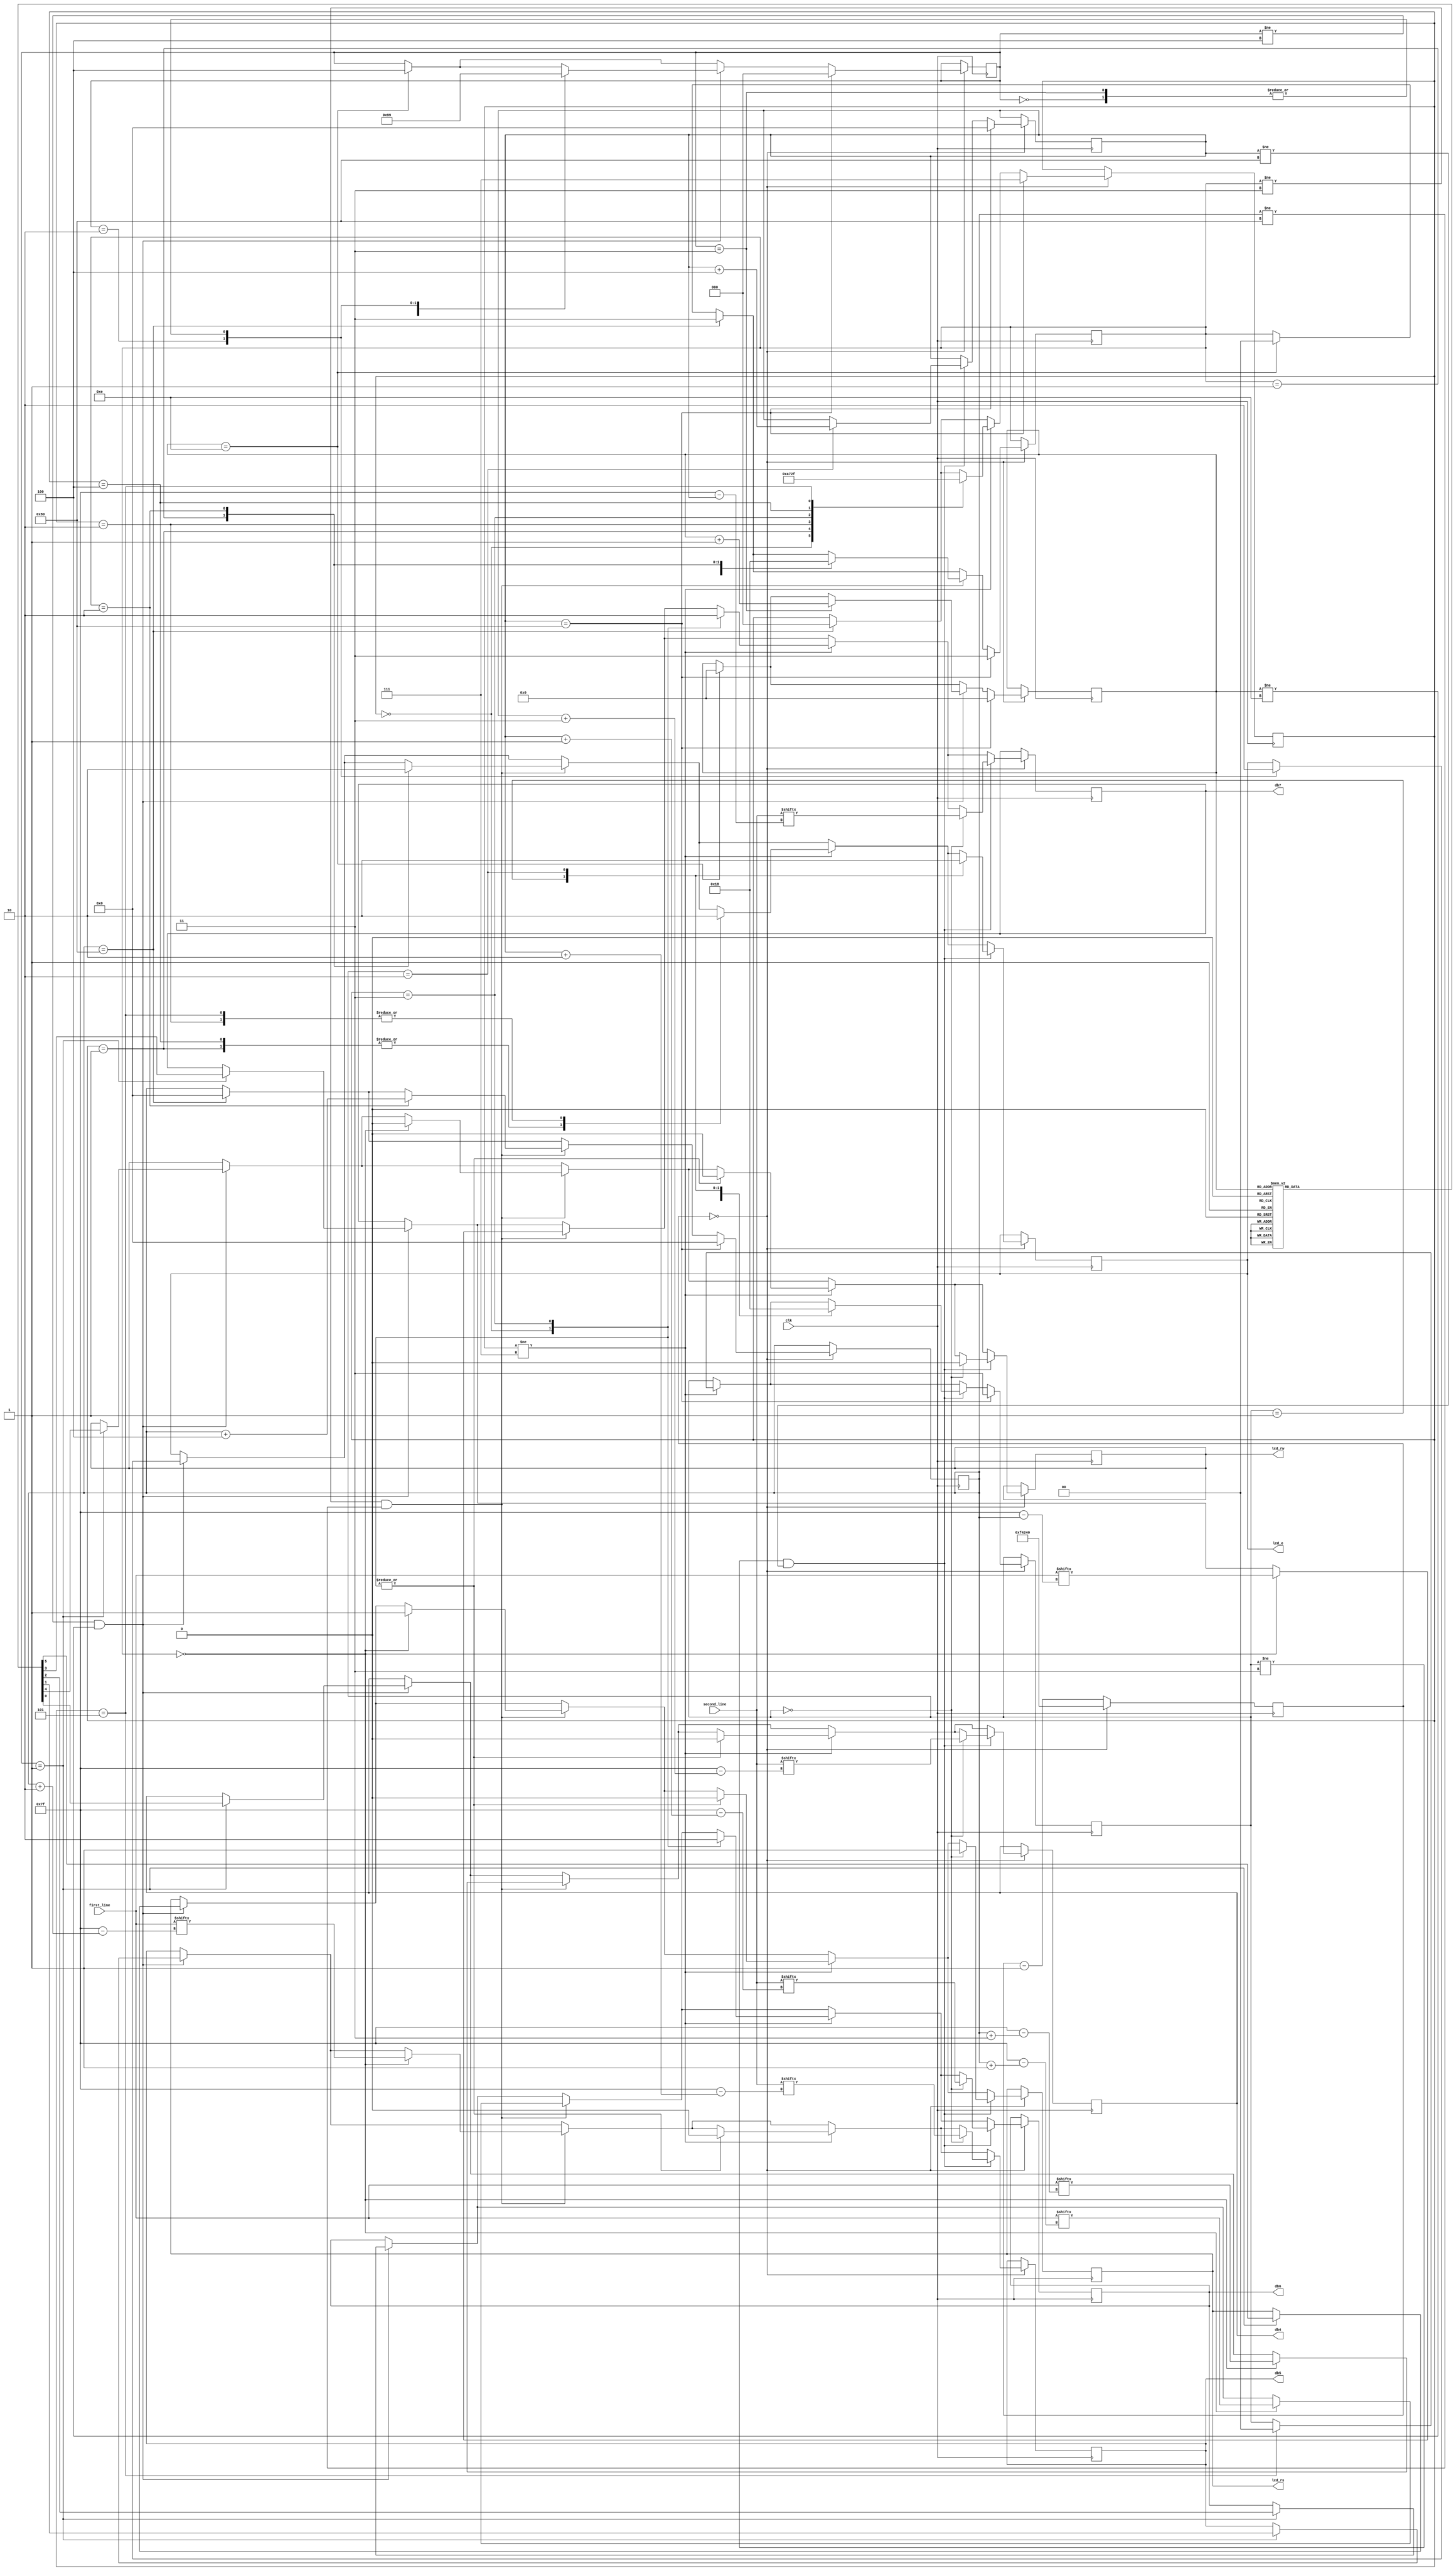
`timescale 1ns / 1ps
module lcd_welcome(
    first_line,
    second_line,
    clk,
    lcd_rs,
    lcd_rw,
    lcd_e,
    db4,
    db5,
    db6,
    db7
    );

     input [0:127] first_line;
     input [0:127] second_line;
     input clk;
     output lcd_rs, lcd_rw, lcd_e, db4, db5, db6, db7;
     reg lcd_rs, lcd_rw, lcd_e, db4, db5, db6, db7;

     reg [7:0] line1_index = 0;
     reg [1:0] line1_state = 3;

     reg [7:0] line2_index = 0;
     reg [1:0] line2_state = 3;

     reg [19:0] counter = 1_000_000;
     reg [2:0] next_state = 0;

     reg [2:0] line_break_state = 7;

     reg [5:0] init_ROM [0:13];
     reg [3:0] init_ROM_index = 0;

     // Initialization code
     initial begin
        init_ROM[0] = 6'h03;
        init_ROM[1] = 6'h03;
        init_ROM[2] = 6'h03;
        init_ROM[3] = 6'h02;
        init_ROM[4] = 6'h02;
        init_ROM[5] = 6'h08;
        init_ROM[6] = 6'h00;
        init_ROM[7] = 6'h06;
        init_ROM[8] = 6'h00;
        init_ROM[9] = 6'h0c;
        init_ROM[10] = 6'h00;
        init_ROM[11] = 6'h01;
        init_ROM[12] = 6'h08;
        init_ROM[13] = 6'h00;
     end

    always @ (posedge clk) begin
       if (counter == 0) begin
           counter <= 1_000_000;

            // Initialization state machine
            if (init_ROM_index == 14) begin
                next_state <= 4;
                init_ROM_index <= 0;
                line1_state <= 0;
            end

            if ((next_state != 4) && (init_ROM_index != 14)) begin
              case (next_state)
					 0: begin
                        lcd_e <= 0;
                        next_state <= 1;
						 end

					 1: begin
                        {lcd_rs, lcd_rw, db7, db6, db5, db4} <= init_ROM[init_ROM_index];
                        next_state <= 2;
                   end

                2: begin
								lcd_e <= 1;
                        next_state <= 3;
                    end

                3: begin
								lcd_e <= 0;
                        next_state <= 1;
                        init_ROM_index <= init_ROM_index + 1;
                    end
                endcase
             end

            // First line state machine
            if (line1_index == 128) begin
                line1_state <= 3;
                line1_index <= 0;
                line_break_state <= 0;
            end
            if ((line1_state != 3) && (line1_index != 128)) begin
                case (line1_state)
                    0: begin
                            {lcd_rs, lcd_rw, db7, db6, db5, db4} <=
{2'h2,first_line[line1_index],first_line[line1_index+1],first_line[line1_index+2],first_line[line1_index+3]};
                            line1_state <= 1;
                        end

                    1: begin
                            lcd_e <= 1;
                            line1_state <= 2;
                        end

                    2: begin
                            lcd_e <= 0;
                            line1_state <= 0;
                            line1_index <= line1_index+4;
                        end
                endcase
            end

            // Line break state machine
            if (line_break_state != 7) begin
                case (line_break_state)
                    0: begin
                            {lcd_rs, lcd_rw, db7, db6, db5, db4} <= 6'h0c;
                            line_break_state <= 1;
                        end

                    1: begin
                            lcd_e <= 1;
                            line_break_state <= 2;
                        end

                    2: begin
                            lcd_e <= 0;
                            line_break_state <= 3;
                        end

                    3: begin
                            {lcd_rs, lcd_rw, db7, db6, db5, db4} <= 6'h00;
                            line_break_state <= 4;
                        end

                    4: begin
                            lcd_e <= 1;
                            line_break_state <= 5;
                        end

                    5: begin
                            lcd_e <= 0;
                            line_break_state <= 7;
                            line2_state <= 0;
                        end
                endcase
            end

            // Second line state machine
            if (line2_index == 128) begin
                line2_state <= 3;
                line2_index <= 0;
            end
            if ((line2_state != 3) && (line2_index != 128)) begin
                case (line2_state)
                    0: begin
                            {lcd_rs, lcd_rw, db7, db6, db5, db4} <=
{2'h2,second_line[line2_index],second_line[line2_index+1],second_line[line2_index+2],second_line[line2_index+3]};
                            line2_state <= 1;
                        end

                    1: begin
                            lcd_e <= 1;
                            line2_state <= 2;
                        end

                    2: begin
                            lcd_e <= 0;
                            line2_state <= 0;
                            line2_index <= line2_index+4;
                        end
                endcase
            end
            if(line2_index == 128)
            begin
                line1_index <= 0;
                line1_state <= 3;

                line2_index <= 0;
                line2_state <= 3;

                next_state <= 0;

                line_break_state <= 7;

                init_ROM_index <= 0;
            end
        end
        else
        begin
           counter <= counter - 1;
        end
    end
endmodule
module top(
	input clk,
	output wire LCD_RS,
	output wire LCD_E,
	output wire LCD_W,
	output wire [3:0] data
      );

  reg [127:0] LINE1;
  reg [127:0] LINE2;
  
   initial begin
      LINE1 <=  "WELCOME TO CSE  ";
      LINE2 <=  "IIT KANPUR      ";
    end
  lcd_welcome uut(LINE1,LINE2,clk,LCD_RS,LCD_W,LCD_E,data[0],data[1],data[2],data[3]);
endmodule